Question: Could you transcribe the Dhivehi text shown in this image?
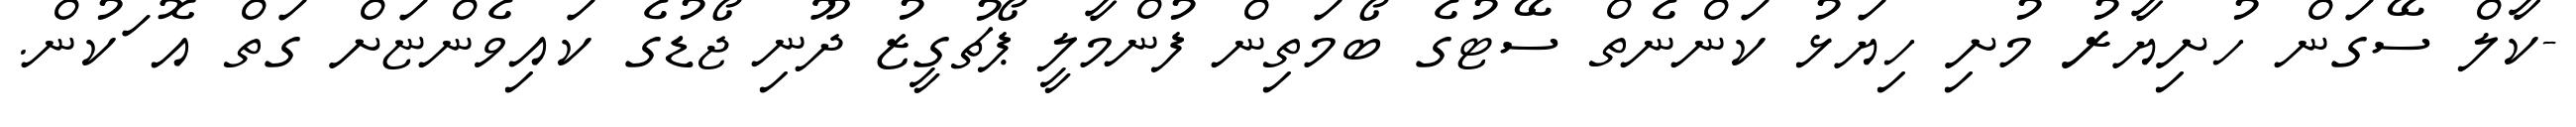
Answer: -ކާލް ސޭގަން ހުށިޔާރު މުށި ހިޔަޅު ކަންނެތް ސޭޓުގެ ބޯމަތިން ފުންމާލީ ޕޯޗުގީޒު ދޫނި ޖޯޑުގެ ކައިވެންޏަށް ގަތް އޮޱަކުން.